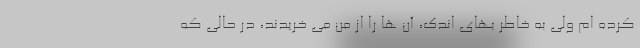
کرده ام ولی به خاطر بهای اندک، آن ها را از من می خریدند، در حالی که